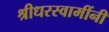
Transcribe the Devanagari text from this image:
श्रीधरस्वामींनी